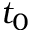
t _ { 0 }